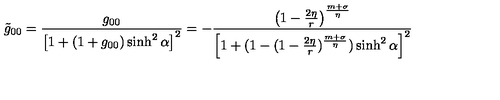
\tilde { g } _ { 0 0 } = \frac { g _ { 0 0 } } { \left[ 1 + ( 1 + g _ { 0 0 } ) \sinh ^ { 2 } \alpha \right] ^ { 2 } } = - \frac { \left( 1 - \frac { 2 \eta } { r } \right) ^ { \frac { m + \sigma } { \eta } } } { \left[ 1 + ( 1 - ( 1 - \frac { 2 \eta } { r } ) ^ { \frac { m + \sigma } { \eta } } ) \sinh ^ { 2 } \alpha \right] ^ { 2 } }